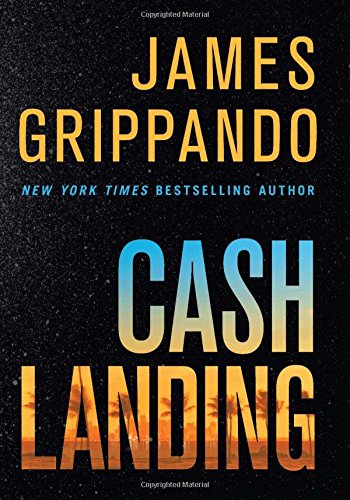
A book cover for Cash Landing: A Novel; James Grippando; Mystery, Thriller & Suspense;